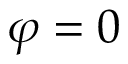
\varphi = 0